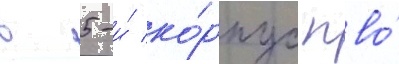
в 5-и́ ко́рпус пво́